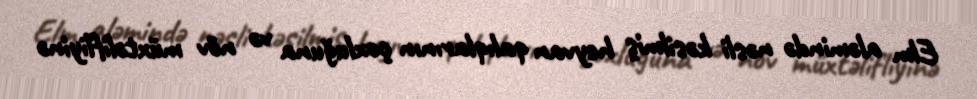
Elm aləmində nəsli kəsilmiş heyvan qalıqlarının çoxluğuna və növ müxtəlifliyinə